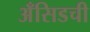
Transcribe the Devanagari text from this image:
अँसिडची